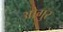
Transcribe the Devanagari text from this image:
ओगुर